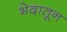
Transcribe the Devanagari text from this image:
भेदातून